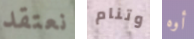
نعتقد وتنام أوه